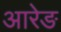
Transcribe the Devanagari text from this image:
आरेङ